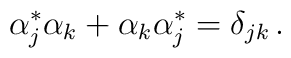
\alpha_{j}^{\ast}\alpha_{k}+\alpha_{k}\alpha_{j}^{\ast}=\delta_{jk}\,.